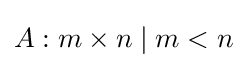
A:m\times n\mid m<n